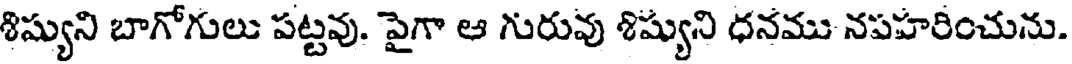
శిష్యుని బాగోగులు పట్టవు. పైగా ఆ గురువు శిష్యుని ధనము నపహరించును.